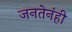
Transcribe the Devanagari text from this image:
जनतेनंही